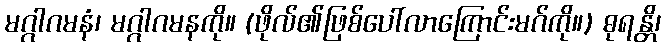
မဂ္ဂါဂမနံ၊ မဂ္ဂါဂမနကို။ (ဖိုလ်၏ဖြစ်ပေါ်လာကြောင်းမဂ်ကို။) ဓုရန္တိ၊